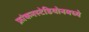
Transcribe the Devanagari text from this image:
फ्रांकनस्टेडियोनमध्ये